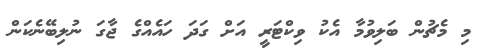
މި މެޗުން ބަލިވުމާ އެކު ވިކްޓަރީ އަށް ގަދަ ހައެއްގެ ޖާގަ ނުލިބޭނެކަން